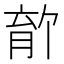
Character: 𫆡